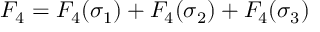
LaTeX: F _ { 4 } = F _ { 4 } ( \sigma _ { 1 } ) + F _ { 4 } ( \sigma _ { 2 } ) + F _ { 4 } ( \sigma _ { 3 } )